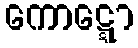
ကောဋ္ဋော